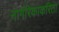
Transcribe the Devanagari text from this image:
नागरिकाकरिता